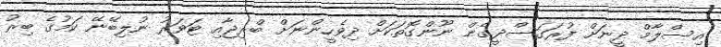
އިސްލާމް ދީނަށް ފުރަގަސްދީގެން ނޫންގޮތަކަށް ދިވެހީންނަށް ބްރިޖާއި ޓަވަރު ނުލިބޭނޭ ކަމުގެ ބިރު